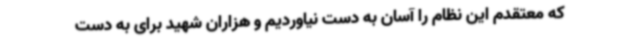
که معتقدم این نظام را آسان به دست نیاوردیم و هزاران شهید برای به دست